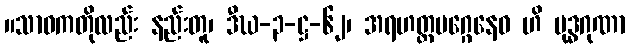
။သာဝကတိုလည်း နည်းတူ၊ ဒီဃ-၃-ဋ္ဌ-၆၂၊ အရဟတ္တမဂ္ဂေနေဝ ဟိ ဗုဒ္ဓဂုဏာ